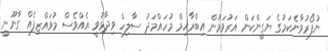
ނުފޯރުވާނެކަމުގެ ޔަގީންކަން އަރުވަމުން އިބްރާހިމް މުހައްމަަދު ސާލިހް ވިދާޅުވީ އެއްވެސް މުވަައްޒިފެއް ގާނޫނީ